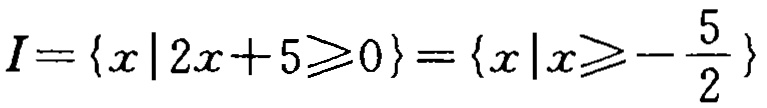
\(I=\{x|2x + 5\geqslant0\}=\{x|x\geqslant-\frac{5}{2}\}\)